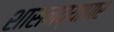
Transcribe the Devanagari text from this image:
शासनव्यापार